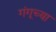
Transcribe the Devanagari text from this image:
गंगूच्या